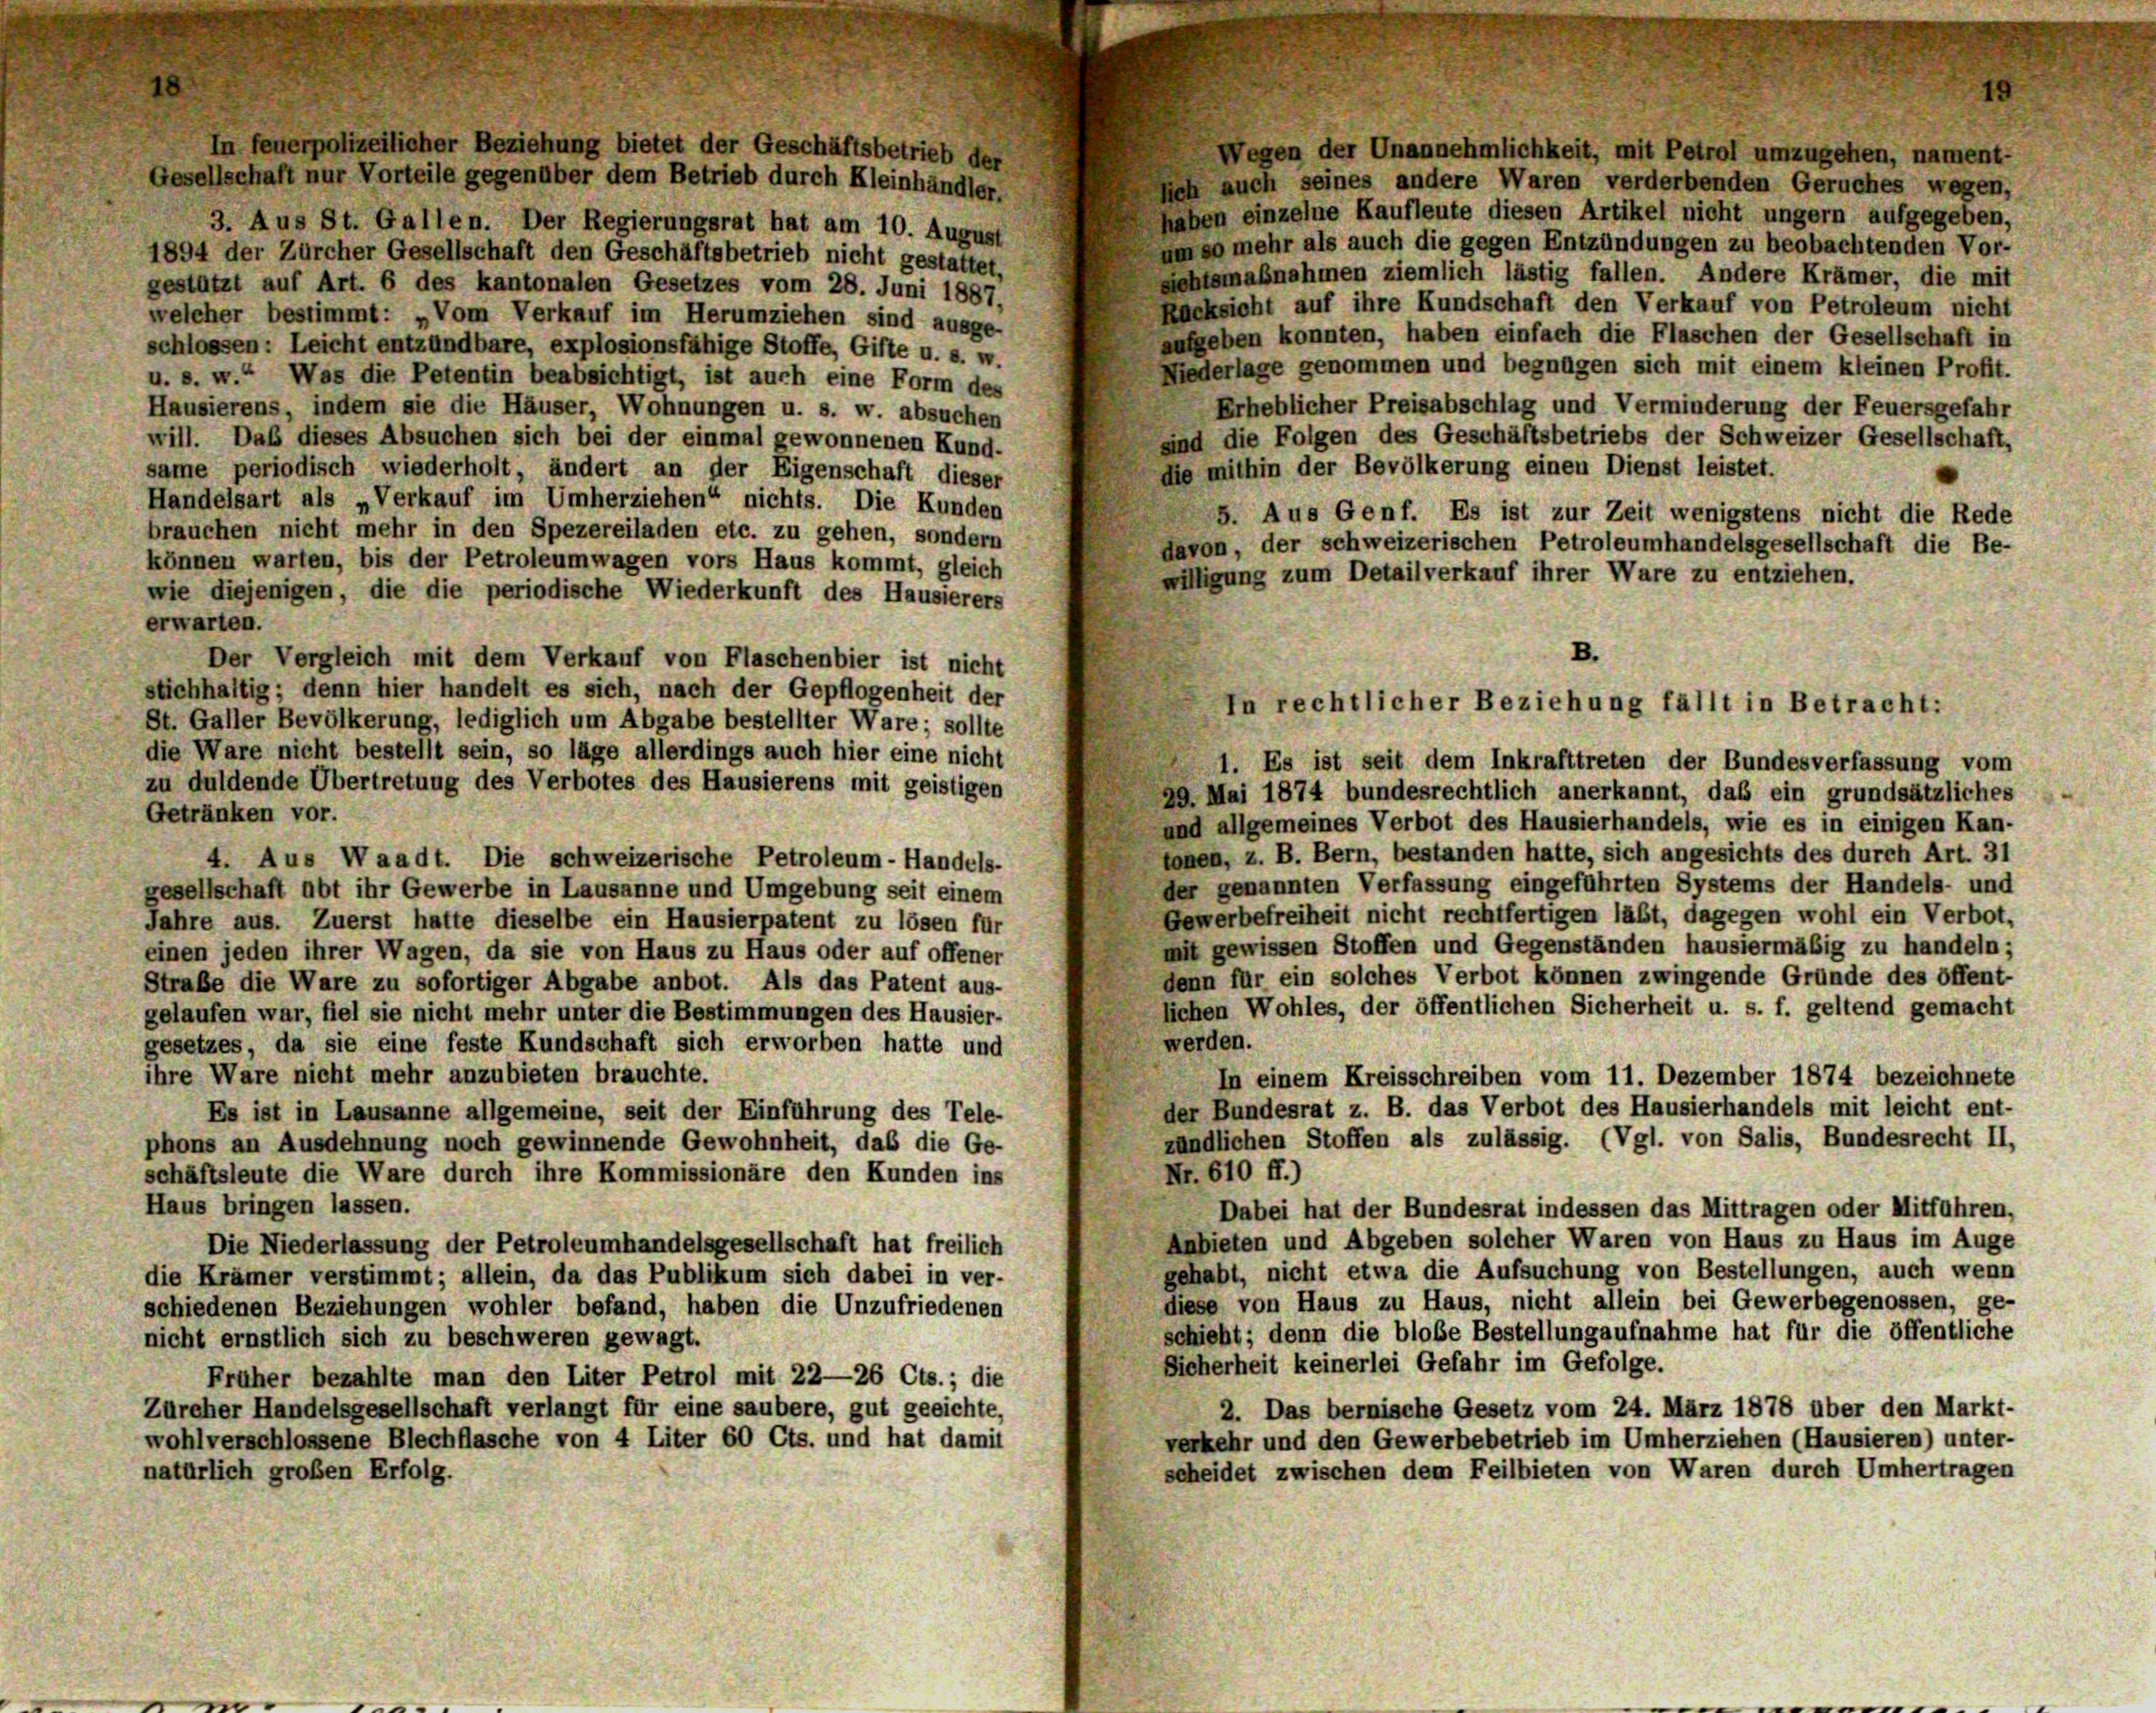
In feuerpolizeilicher Beziehung bietet der Geschäftsbetrieb der

Wegen der Unannehmlichkeit, mit Petrol umzugehen, nament-
Gesellschaft nur Vorteile gegenüber dem Betrieb durch Kleinhändler.
heh auch seines andere Waren verderbenden Geruches wegen,
haben einzelne Kaufleute diesen Artikel nicht ungern aufgegeben,
3. Aus St. Gallen. Der Regierungsrat hat am 10. August
um so mehr als auch die gegen Entzündungen zu beobachtenden Vor-
1894 der Zürcher Gesellschaft den Geschäftsbetrieb nicht gestattet,
gehtsmaßnahmen ziemlich lästig fallen. Andere Krämer, die mit
gestützt auf Art. 6 des kantonalen Gesetzes vom 28. Juni 1887,
Rücksicht auf ihre Kundschaft den Verkauf von Petroleum nicht
welcher bestimmt: „Vom Verkauf im Herumziehen sind ausge-
aufgeben konnten, haben einfach die Flaschen der Gesellschaft in
schlossen: Leicht entzündbare, explosionsfähige Stoffe, Gifte u. s. w.
Miederlage genommen und begnügen sich mit einem kleinen Profft.
u. s. w.“ Was die Petentin beabsichtigt, ist auch eine Form des
Erheblicher Preisabschlag und Verminderung der Feuersgefahr
Hausierens, indem sie die Häuser, Wohnungen u. s. w. absuchen
sind die Folgen des Geschäftsbetriebs der Schweizer Gesellschaft,
will. Daß dieses Absuchen sich bei der einmal gewonnenen Kund-
die mithin der Bevölkerung einen Dienst leistet.
same periodisch wiederholt, ändert an der Eigenschaft dieser
Handelsart als „Verkauf im Umherziehen“ nichts. Die Kunden
5. Aus Genf. Es ist zur Zeit wenigstens nicht die Rede
brauchen nicht mehr in den Spezereiladen etc. zu gehen, sondern
davon, der schweizerischen Petroleumhandelsgesellschaft die Be-
können warten, bis der Petroleumwagen vors Haus kommt, gleich
willigung zum Detailverkauf ihrer Ware zu entziehen.
wie diejenigen, die die periodische Wiederkunft des Hausierers
erwarten.
Der Vergleich mit dem Verkauf von Flaschenbier ist nicht
stichhaltig; denn hier handelt es sich, nach der Gepflogenheit der
St. Galler Bevölkerung, lediglich um Abgabe bestellter Ware; sollte
die Ware nicht bestellt sein, so läge allerdings auch hier eine nicht
1. Es ist seit dem Inkrafttreten der Bundesverfassung vom
zu duldende Übertretung des Verbotes des Hausierens mit geistigen
29. Mai 1874 bundesrechtlich anerkannt, das ein grundsätzliches
Getränken vor.
und allgemeines Verbot des Hausierhandels, wie es in einigen Kan-
tonen, z. B. Bern, bestanden hatte, sich angesichts des durch Art. 31
4. Aus Waadt. Die schweizerische Petroleum- Handels-
der genannten Verfassung eingeführten Systems der Handels- und
gesellschaft abt ihr Gewerbe in Lausanne und Umgebung seit einem
Gewerbefreiheit nicht rechtfertigen läßt, dagegen wohl ein Verbot,
Jahre aus. Zuerst hatte dieselbe ein Hausierpatent zu lösen für
mit gewissen Stoffen und Gegenständen haussermäßig zu handeln;
einen jeden ihrer Wagen, da sie von Haus zu Haus oder auf offener
denn für ein solches Verbot können zwingende Gründe des öffent-
Straße die Ware zu sofortiger Abgabe anbot. Als das Patent aus-
liehen Wohles, der öffentlichen Sicherheit u. s. f. geltend gemacht
gelaufen war, fiel sie nicht mehr unter die Bestimmungen des Hausier-
werden.
gesetzes, da sie eine feste Kundschaft sich erworben hatte und
ihre Ware nicht mehr anzubieten brauchte.
In einem Kreisschreiben vom 11. Dezember 1874 bezeichnete
der Bundesrat z. B. das Verbot des Hausierhandels mit leicht ent-
Es ist in Lausanne allgemeine, seit der Einführung des Tele-
zündlichen Stoffen als zulässig. (Vgl. von Salis, Bundesrecht II,
phons an Ausdehnung noch gewinnende Gewohnheit, daß die Ge-
Nr. 610 ff.)
schäftsleute die Ware durch ihre Kommissionäre den Kunden ins
Haus bringen lassen.
Dabei hat der Bundesrat indessen das Mittragen oder Mitführen,
Anbieten und Abgeben solcher Waren von Haus zu Haus im Auge
Die Niederlassung der Petroleumhandelsgesellschaft hat freilich
gehabt, nicht etwa die Aufsuchung von Bestellungen, auch wenn
die Krämer verstimmt; allein, da das Publikum sich dabei in ver-
diese von Haus zu Haus, nicht allein bei Gewerbegenossen, ge-
schiedenen Beziehungen wohler befand, haben die Unzufriedenen
schieht; denn die blobe Bestellungaufnahme hat für die öffentliche
nicht ernstlich sich zu beschweren gewagt.
Sicherheit keinerlei Gefahr im Gefolge.
Früher bezahlte man den Liter Petrol mit 22—26 Cts. ; die
2. Das bernische Gesetz vom 24. März 1878 über den Markt-
Zürcher Handelsgesellschaft verlangt für eine saubere, gut geeichte,
wohlverschlossene Blechflasche von 4 Liter 60 Cts. und hat damit
verkehr und den Gewerbebetrieb im Umherziehen (Hausieren) unter-
scheidet zwischen dem Feilbieten von Waren durch Umhertragen
natürlich großen Erfolg.

B.
In rechtlicher Beziehung fällt in Betracht: